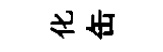
化缶